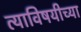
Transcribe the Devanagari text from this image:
त्याविषयीच्या